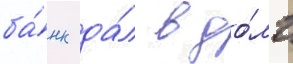
ба́нк да́л в до́лг